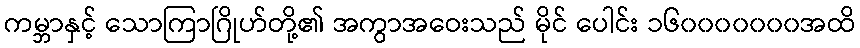
ကမ္ဘာနှင့် သောကြာဂြိုဟ်တို့၏ အကွာအဝေးသည် မိုင် ပေါင်း ၁၆၀၀၀၀၀၀၀အထိ